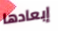
إبعادها